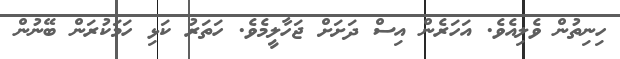
ހިނިތުން ވެލިއެވެ. އަހަރެން އިސް ދަށަށް ޖަހާލީމެވެ. ހަތަރު ކަޅި ހަމަކުރަން ބޭނުން